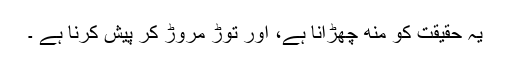
یہ حقیقت کو منھ چھڑانا ہے، اور توڑ مروڑ کر پیش کرنا ہے ۔